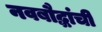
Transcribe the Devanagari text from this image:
नवबौद्धांची